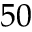
5 0